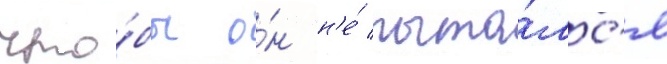
что́бы о́н н'е́ пыта́лс'я